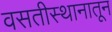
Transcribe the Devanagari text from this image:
वसतीस्थानातून